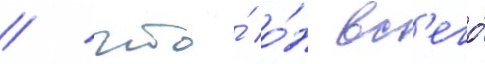
/ что́ о́н вс'его́